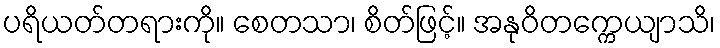
ပရိယတ်တရားကို။ စေတသာ၊ စိတ်ဖြင့်။ အနုဝိတက္ကေယျာသိ၊